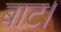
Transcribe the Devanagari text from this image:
बाट।